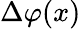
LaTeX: \Delta\varphi(x)